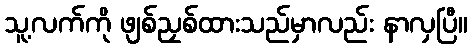
သူ့လက်ကို ဖျစ်ညှစ်ထားသည်မှာလည်း နာလှပြီ။